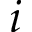
i